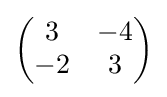
{\begin{pmatrix}3&-4\\-2&3\end{pmatrix}}